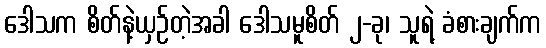
ဒေါသက စိတ်နဲ့ယှဉ်တဲ့အခါ ဒေါသမူစိတ် ၂-ခု၊ သူရဲ့ ခံစားချက်က